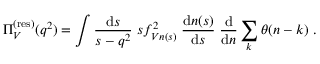
\Pi _ { V } ^ { ( \mathrm { r e s } ) } ( q ^ { 2 } ) = \int \frac { \mathrm { d } s } { s - q ^ { 2 } } \; s f _ { V n ( s ) } ^ { 2 } \; \frac { \mathrm { d } n ( s ) } { \mathrm { d } s } \; \frac { \mathrm { d } } { \mathrm { d } n } \sum _ { k } \theta ( n - k ) \; .